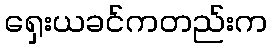
ရှေးယခင်ကတည်းက